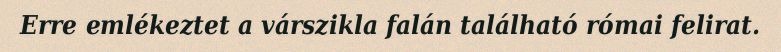
Erre emlékeztet a várszikla falán található római felirat.